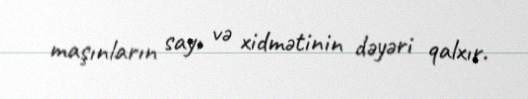
maşınların sayı və xidmətinin dəyəri qalxır.